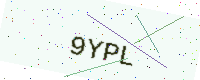
Text: 9YPL